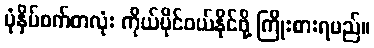
ပုံနှိပ်စက်တလုံး ကိုယ်ပိုင်ဝယ်နိုင်ဖို့ ကြိုးစားရမည်။